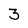
Character: 3